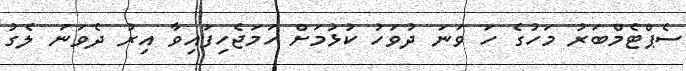
ސެޕްޓެމްބަރު މަހުގެ ހަ ވަނަ ދުވަހު ކުޅުމަށް ހަމަޖެހިފައިވާ އިރު ދެވަނަ ލެގު